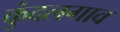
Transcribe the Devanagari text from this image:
कुंदलगाव